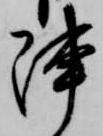
陣